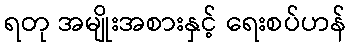
ရတု အမျိုးအစားနှင့် ရေးစပ်ဟန်